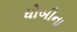
ધોબીના